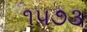
૧૫૭૩